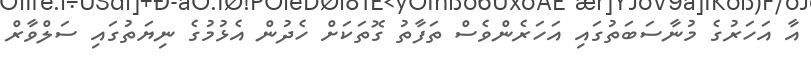
އާ އަހަރުގެ މުނާސަބަތުގައި އަހަރެންވެސް ތަފާތު ގޮތަކަށް ހެދުން އެޅުމުގެ ނިޔަތުގައި ސަލްވާރް